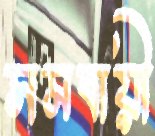
সমবায়ী